Problem: 36 + 32 = ?
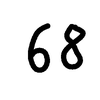
Handwritten answer: 68